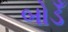
બોડઁ